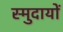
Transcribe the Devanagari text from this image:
स्मुदायों